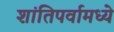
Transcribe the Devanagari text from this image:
शांतिपर्वामध्ये